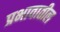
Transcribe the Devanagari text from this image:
प्रभावातील